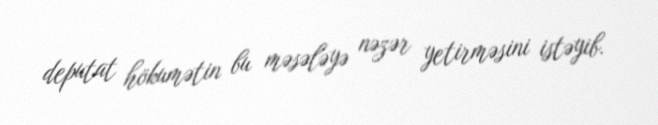
deputat hökumətin bu məsələyə nəzər yetirməsini istəyib.